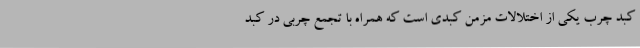
کبد چرب یکی از اختلالات مزمن کبدی است که همراه با تجمع چربی در کبد